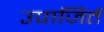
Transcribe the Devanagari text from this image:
उपाजिर्त